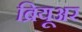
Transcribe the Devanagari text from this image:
ब्रियूअर